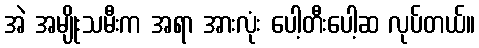
အဲ အမျိုးသမီးက အရာ အားလုံး ပေါ့တီးပေါ့ဆ လုပ်တယ်။